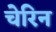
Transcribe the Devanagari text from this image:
चेरिन